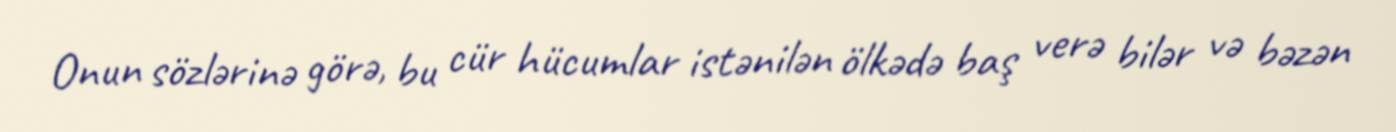
Onun sözlərinə görə, bu cür hücumlar istənilən ölkədə baş verə bilər və bəzən